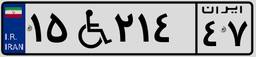
۱۵W۲۱۴۴۷